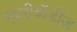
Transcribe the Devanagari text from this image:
एवरीबॉडीज